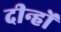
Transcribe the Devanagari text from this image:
दीन्हों